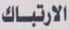
الارتباك